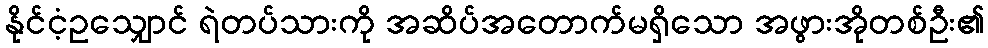
နိုင်ငံ့ဥသျှောင် ရဲတပ်သားကို အဆိပ်အတောက်မရှိသော အဖွားအိုတစ်ဦး၏